system: You are a helpful assistant.
user:
Analyze the provided spectrum to determine if it is a **"Cataclysmic Variables (CV)"**.

- **Key Indicators for CV (Check for either state):**
    - **State 1: Quiescent / Low-State (Emission-Dominated)**
        - **(Primary):** Strong and *very broad* Hydrogen Balmer emission lines (e.g., $H\alpha$ at 6563 Å, $H\beta$ at 4861 Å). The 'broadness' (high velocity dispersion, often FWHM > 1000 km/s) is the key diagnostic, indicating a high-velocity accretion disk.
        - **(Secondary):** Broad neutral Helium (He I) emission lines (e.g., 5876 Å, 6678 Å).
        - **(Key Confirmation):** Presence of high-excitation *ionized* Helium (He II) emission at 4686 Å. This is a strong indicator of accretion onto a white dwarf.
        - **(Line Profile):** Emission lines may exhibit a 'double-peaked' profile, which is a classic signature of a rotating accretion disk viewed at high inclination.

    - **State 2: Outburst / High-State (Absorption-Dominated)**
        - **(Primary):** Spectrum is dominated by a bright, blue continuum (looks like a hot star).
        - **(Secondary):** The emission lines from State 1 are weak, absent, or 'filled in', and are replaced by broad, shallow *absorption* lines (primarily Balmer and He I).
        - **(Morphology):** The overall spectrum mimics a hot B/A-type star. The crucial difference is that the absorption lines are significantly broader, shallower, and more 'washed-out' (or 'smeared') than the sharp lines of a normal stellar photosphere, due to high rotational speeds and pressure broadening in the disk.

Think first, call **spectral_visualization_tool** if needed to examine features in detail, then provide your final answer. Your response must adhere to the following strict rules:
1.  **Overall Structure:** Your response must follow the format `<think>...</think> <tool_call>...</tool_call> (if a tool is used) <answer>...</answer>`.
2.  **Tool Usage Constraint:** You may only make **one** tool call per turn.
3.  **Final Answer Format:** In the `<answer>` tag, your conclusion must be inside a `\boxed{}` command (e.g., `\boxed{YES}`), followed by your justification.

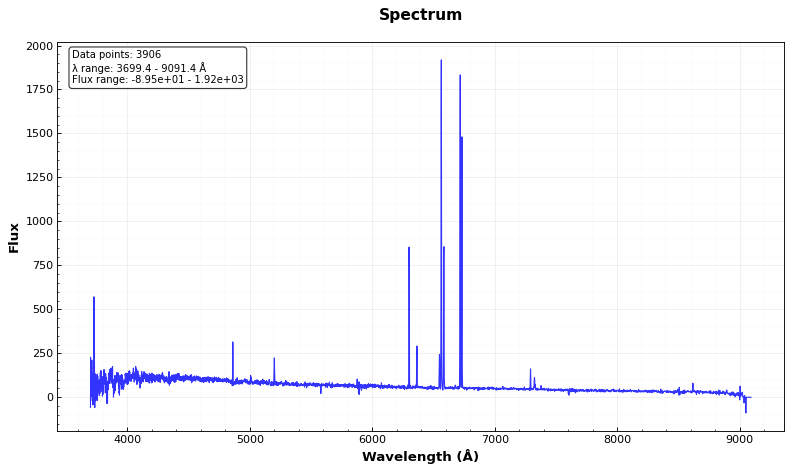
Answer: NO